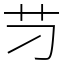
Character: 䒒